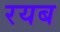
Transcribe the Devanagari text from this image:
रयब